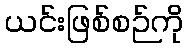
ယင်းဖြစ်စဉ်ကို